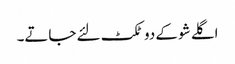
اگلے شو کے دو ٹکٹ لئے جاتے۔